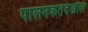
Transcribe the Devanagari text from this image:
पालनकर्तेदेखील